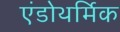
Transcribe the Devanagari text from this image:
एंडोथर्मिक